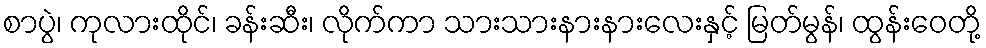
စာပွဲ၊ ကုလားထိုင်၊ ခန်းဆီး၊ လိုက်ကာ သားသားနားနားလေးနှင့် မြတ်မွန်၊ ထွန်းဝေတို့